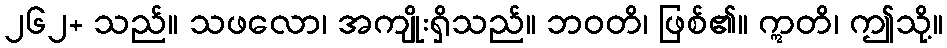
၂၆၂+ သည်။ သဖလော၊ အကျိုးရှိသည်။ ဘဝတိ၊ ဖြစ်၏။ ဣတိ၊ ဤသို့။